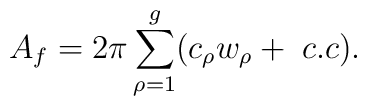
A_{f}=2\pi \sum_{\rho=1}^{g}(c_{\rho}w_{\rho}+\; c.c).